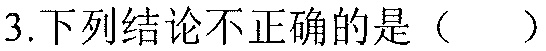
3.下列结论不正确的是（  ）